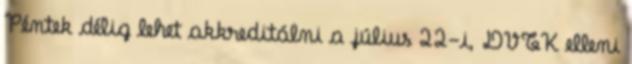
Péntek délig lehet akkreditálni a július 22-i, DVTK elleni